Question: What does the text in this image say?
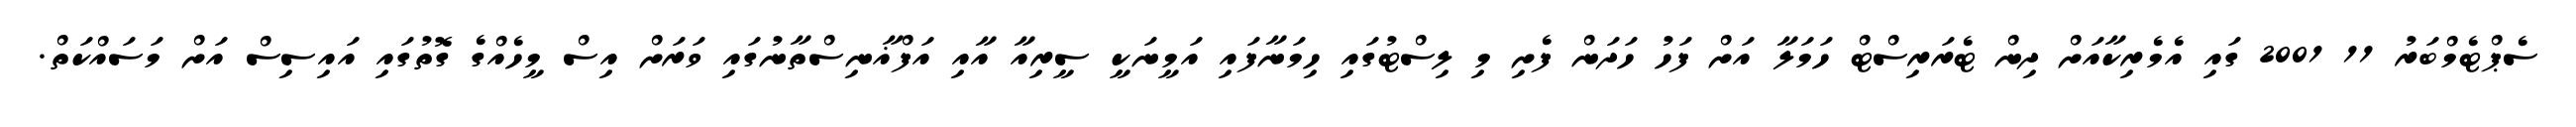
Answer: ސެޕްޓެމްބަރު 11 2001 ގައި އެމެރިކާއަށް ދިން ޓެރަރިސްޓް ހަމަލާ އަށް ފަހު ހަދަން ފެށި މި ލިސްޓުގައި ހިމަނާފައި އަމީނަކީ ސީރިއާ އާއި އަފްޣާނިސްތާނުގައި ވަރަށް އިސް މީހެއްގެ ގޮތުގައި އައިސިސް އަށް މަސައްކަތް.